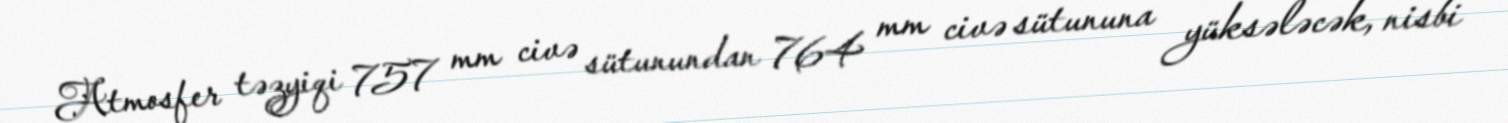
Atmosfer təzyiqi 757 mm civə sütunundan 764 mm civə sütununa yüksələcək, nisbi